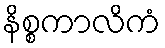
နိစ္စကာလိကံ